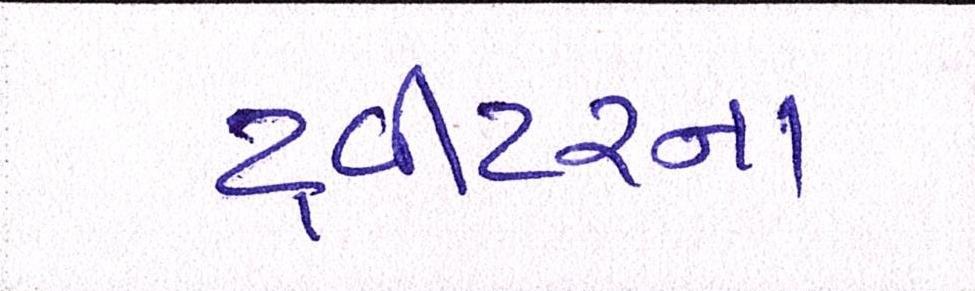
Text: ટ્વીટરના